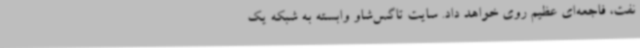
نفت، فاجعه‌ای عظیم روی خواهد داد. سایت تاگس‌شاو وابسته به شبکه یک